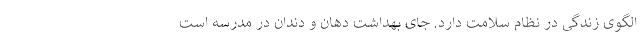
الگوی زندگی در نظام سلامت دارد. جای بهداشت دهان و دندان در مدرسه است